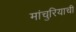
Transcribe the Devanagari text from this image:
मांचुरियाची